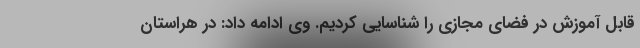
قابل آموزش در فضای مجازی را شناسایی کردیم. وی ادامه داد: در هراستان